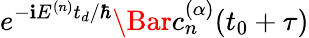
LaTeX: e^{-\mathbf{i}E^{(n)}t_{d}/\hbar}\Bar{c}_{n}^{(\alpha)}(t_{0}+\tau)